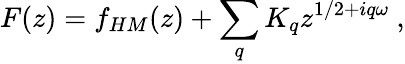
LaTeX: F(z)=f_{HM}(z)+\sum_{q}K_{q}z^{1/2+iq\omega}\ ,